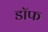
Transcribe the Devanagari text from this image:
डॉफ